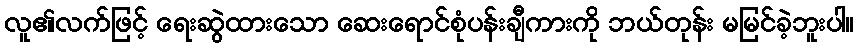
လူ၏လက်ဖြင့် ရေးဆွဲထားသော ဆေးရောင်စုံပန်းချီကားကို ဘယ်တုန်း မမြင်ခဲ့ဘူးပါ။